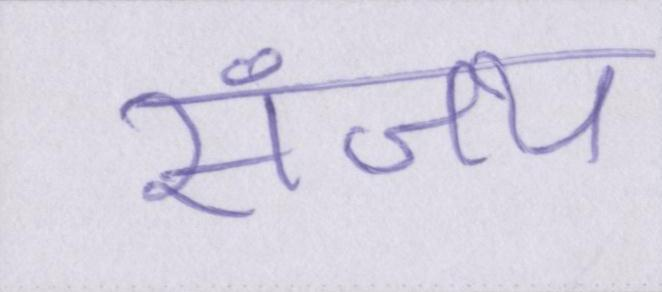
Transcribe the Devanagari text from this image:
संजय